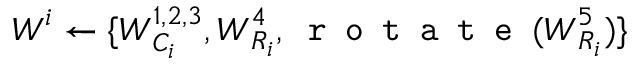
\boldsymbol { W } ^ { i } \leftarrow \{ \boldsymbol { W } _ { C _ { i } } ^ { 1 , 2 , 3 } , \boldsymbol { W } _ { R _ { i } } ^ { 4 } , \texttt { r o t a t e } ( \boldsymbol { W } _ { R _ { i } } ^ { 5 } ) \}